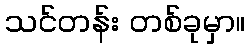
သင်တန်း တစ်ခုမှာ။